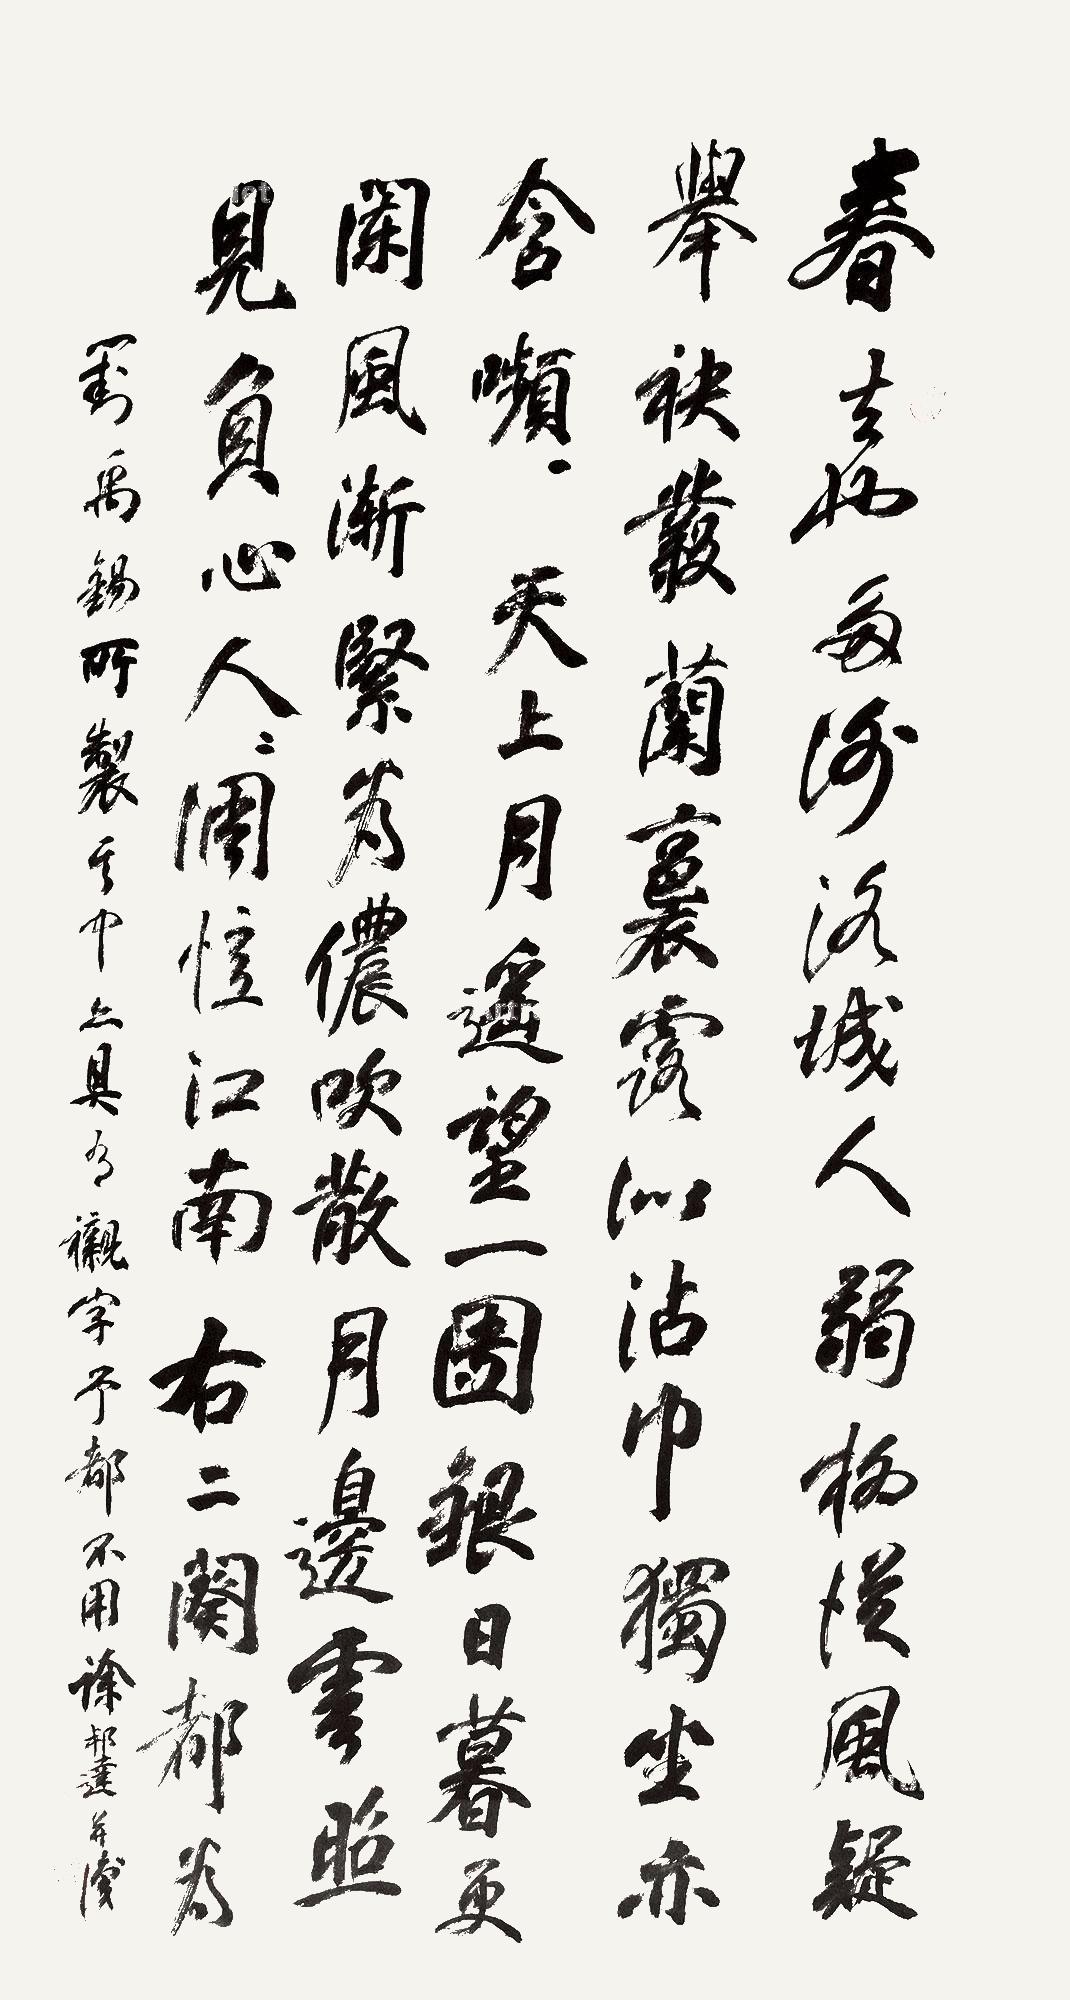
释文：春去也，多谢洛城人。弱柳从风疑举袂，丛兰裛露似沾巾。独坐亦含嚬。天上月，遥望一团银。日暮更阑风渐紧。为奴吹散月边云。照见负心人。右二阙都为刘禹锡所制，其中亦具有衬字，予都不用。徐邦达并识。